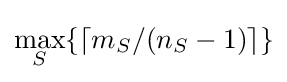
\max _{S}\{\lceil m_{S}/(n_{S}-1)\rceil \}